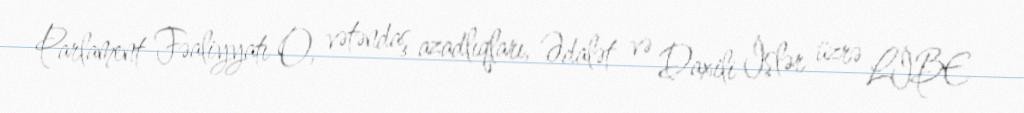
Parlament Fəaliyyatı O, vətəndaş azadlıqları, Ədalət və Daxili İşlər üzrə LİBE